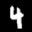
Label: 4